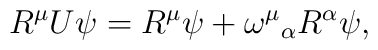
R^{\mu }U\psi =R^{\mu }\psi +\omega ^{\mu }{}_{\alpha }R^{\alpha }\psi ,